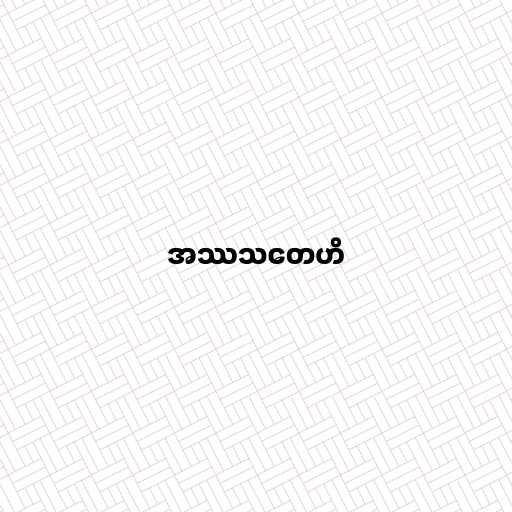
အဿသတေဟိ